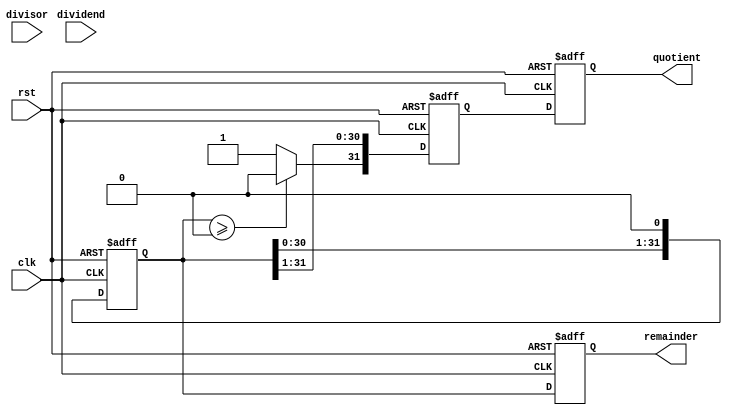
module shift_and_subtract_divider(
    input wire clk,
    input wire rst,
    input wire [31:0] dividend,
    input wire [31:0] divisor,
    output reg [31:0] quotient,
    output reg [31:0] remainder
);

reg [31:0] rem_temp;
reg [31:0] quo_temp;

always @(posedge clk or posedge rst) begin
    if(rst) begin
        rem_temp <= 32'h0;
        quo_temp <= 32'h0;
        quotient <= 32'h0;
        remainder <= 32'h0;
    end else begin
        rem_temp <= rem_temp - divisor;
        if(rem_temp >= 32'h0) begin
            remainder <= rem_temp;
            quo_temp[31] <= 1'b0;
        end else begin
            rem_temp <= rem_temp + divisor;
            remainder <= rem_temp;
            quo_temp[31] <= 1'b1;
        end
        quo_temp[30:0] <= rem_temp[31:1];
        quotient <= quo_temp;
        rem_temp <= rem_temp << 1;
    end
end

endmodule